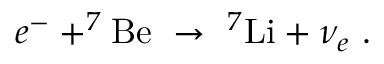
e ^ { - } + ^ { 7 } \mathrm { B e } \ \to \ ^ { 7 } \mathrm { L i } + \nu _ { e } \ .